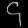
Digit: ၄